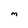
Character: M